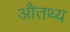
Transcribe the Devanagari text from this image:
औतथ्य